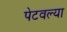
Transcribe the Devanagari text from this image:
पेटवल्या